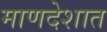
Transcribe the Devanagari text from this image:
माणदेशात